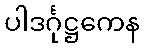
ပါဒင်္ဂုဋ္ဌကေန